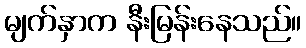
မျက်နှာက နီးမြန်းနေသည်။